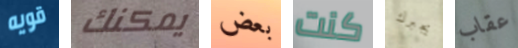
قويه يمكنك بعض كنت يجبرك عقاب